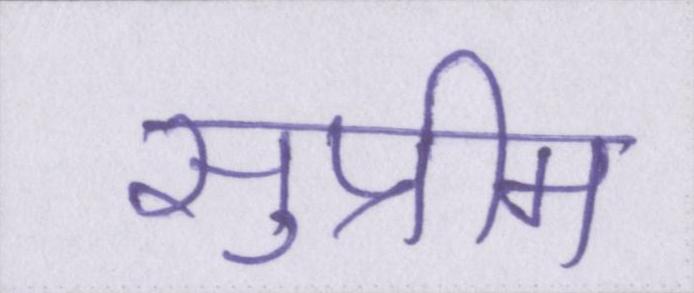
सुप्रीम